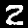
Digit: 2